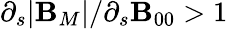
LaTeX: \partial_{s}|\mathbf{B}_{M}|/\partial_{s}\mathbf{B}_{00}>1